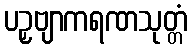
ပဉှဗျာကရဏသုတ္တံ